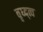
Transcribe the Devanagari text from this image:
वृध्द्त्व